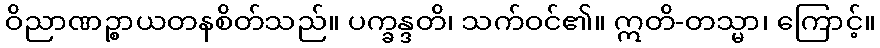
ဝိညာဏဉ္စာယတနစိတ်သည်။ ပက္ခန္ဒတိ၊ သက်ဝင်၏။ ဣတိ-တသ္မာ၊ ကြောင့်။